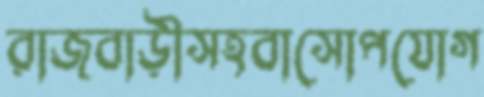
রাজবাড়ীসহবাসোপযোগ